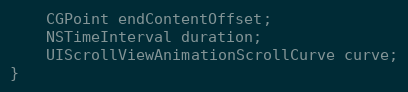
Language: C
    CGPoint endContentOffset;
    NSTimeInterval duration;
    UIScrollViewAnimationScrollCurve curve;
}